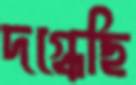
দগ্ধেছি